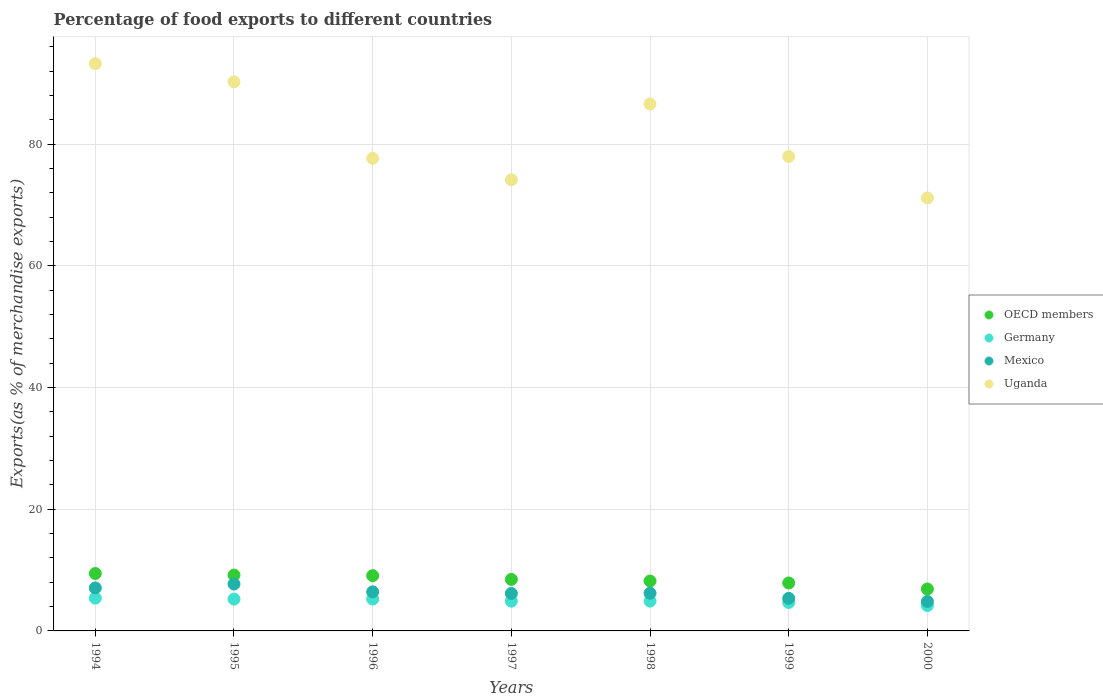
| Years | OECD members | Germany | Mexico | Uganda |
 | --- | --- | --- | --- | --- |
 | 1994 | 9.44 | 5.38 | 7.07 | 93.3 |
 | 1995 | 9.18 | 5.23 | 7.71 | 90.3 |
 | 1996 | 9.09 | 5.23 | 6.42 | 77.7 |
 | 1997 | 8.47 | 4.89 | 6.16 | 74.2 |
 | 1998 | 8.2 | 4.9 | 6.2 | 86.6 |
 | 1999 | 7.88 | 4.67 | 5.36 | 78 |
 | 2000 | 6.89 | 4.16 | 4.84 | 71.2 |